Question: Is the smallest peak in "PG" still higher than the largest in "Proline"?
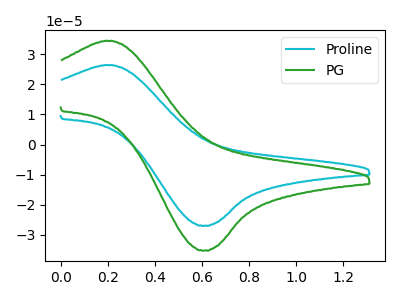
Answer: <think>The cyan curve "Proline" has an anodic peak at (0.20V, 26.35uA) and a cathodic peak at (0.60V, -27.00uA). The green curve "PG" has an anodic peak at (0.20V, 34.40uA) and a cathodic peak at (0.60V, -35.20uA).</think>
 <answer>Every peak in "PG" is higher than every peak in "Proline".</answer>
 <eval>higher</eval>